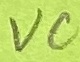
Text: VC